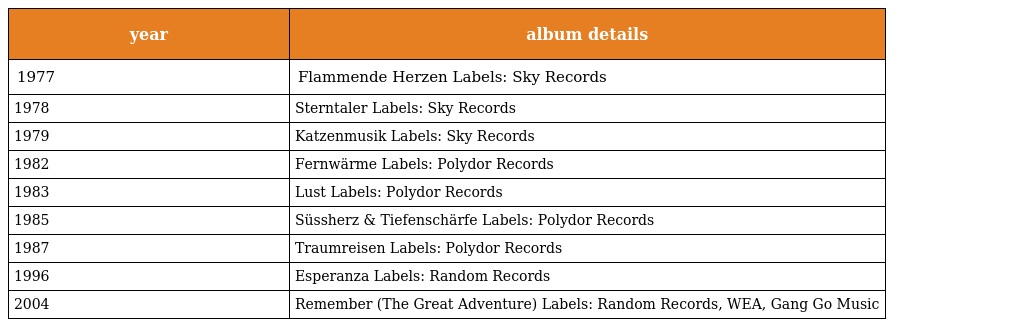
| year | album details |
 | --- | --- |
 | 1977 | Flammende Herzen Labels: Sky Records |
 | 1978 | Sterntaler Labels: Sky Records |
 | 1979 | Katzenmusik Labels: Sky Records |
 | 1982 | Fernwärme Labels: Polydor Records |
 | 1983 | Lust Labels: Polydor Records |
 | 1985 | Süssherz & Tiefenschärfe Labels: Polydor Records |
 | 1987 | Traumreisen Labels: Polydor Records |
 | 1996 | Esperanza Labels: Random Records |
 | 2004 | Remember (The Great Adventure) Labels: Random Records, WEA, Gang Go Music |